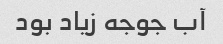
آب جوجه زیاد بود